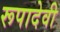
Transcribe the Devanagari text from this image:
रूपादेवी